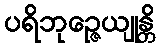
ပရိဘုဉ္ဇေယျုန္တိ